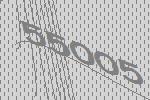
55005